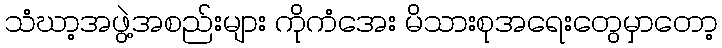
သံဃာ့အဖွဲ့အစည်းများ ကိုကံအေး မိသားစုအရေးတွေမှာတော့